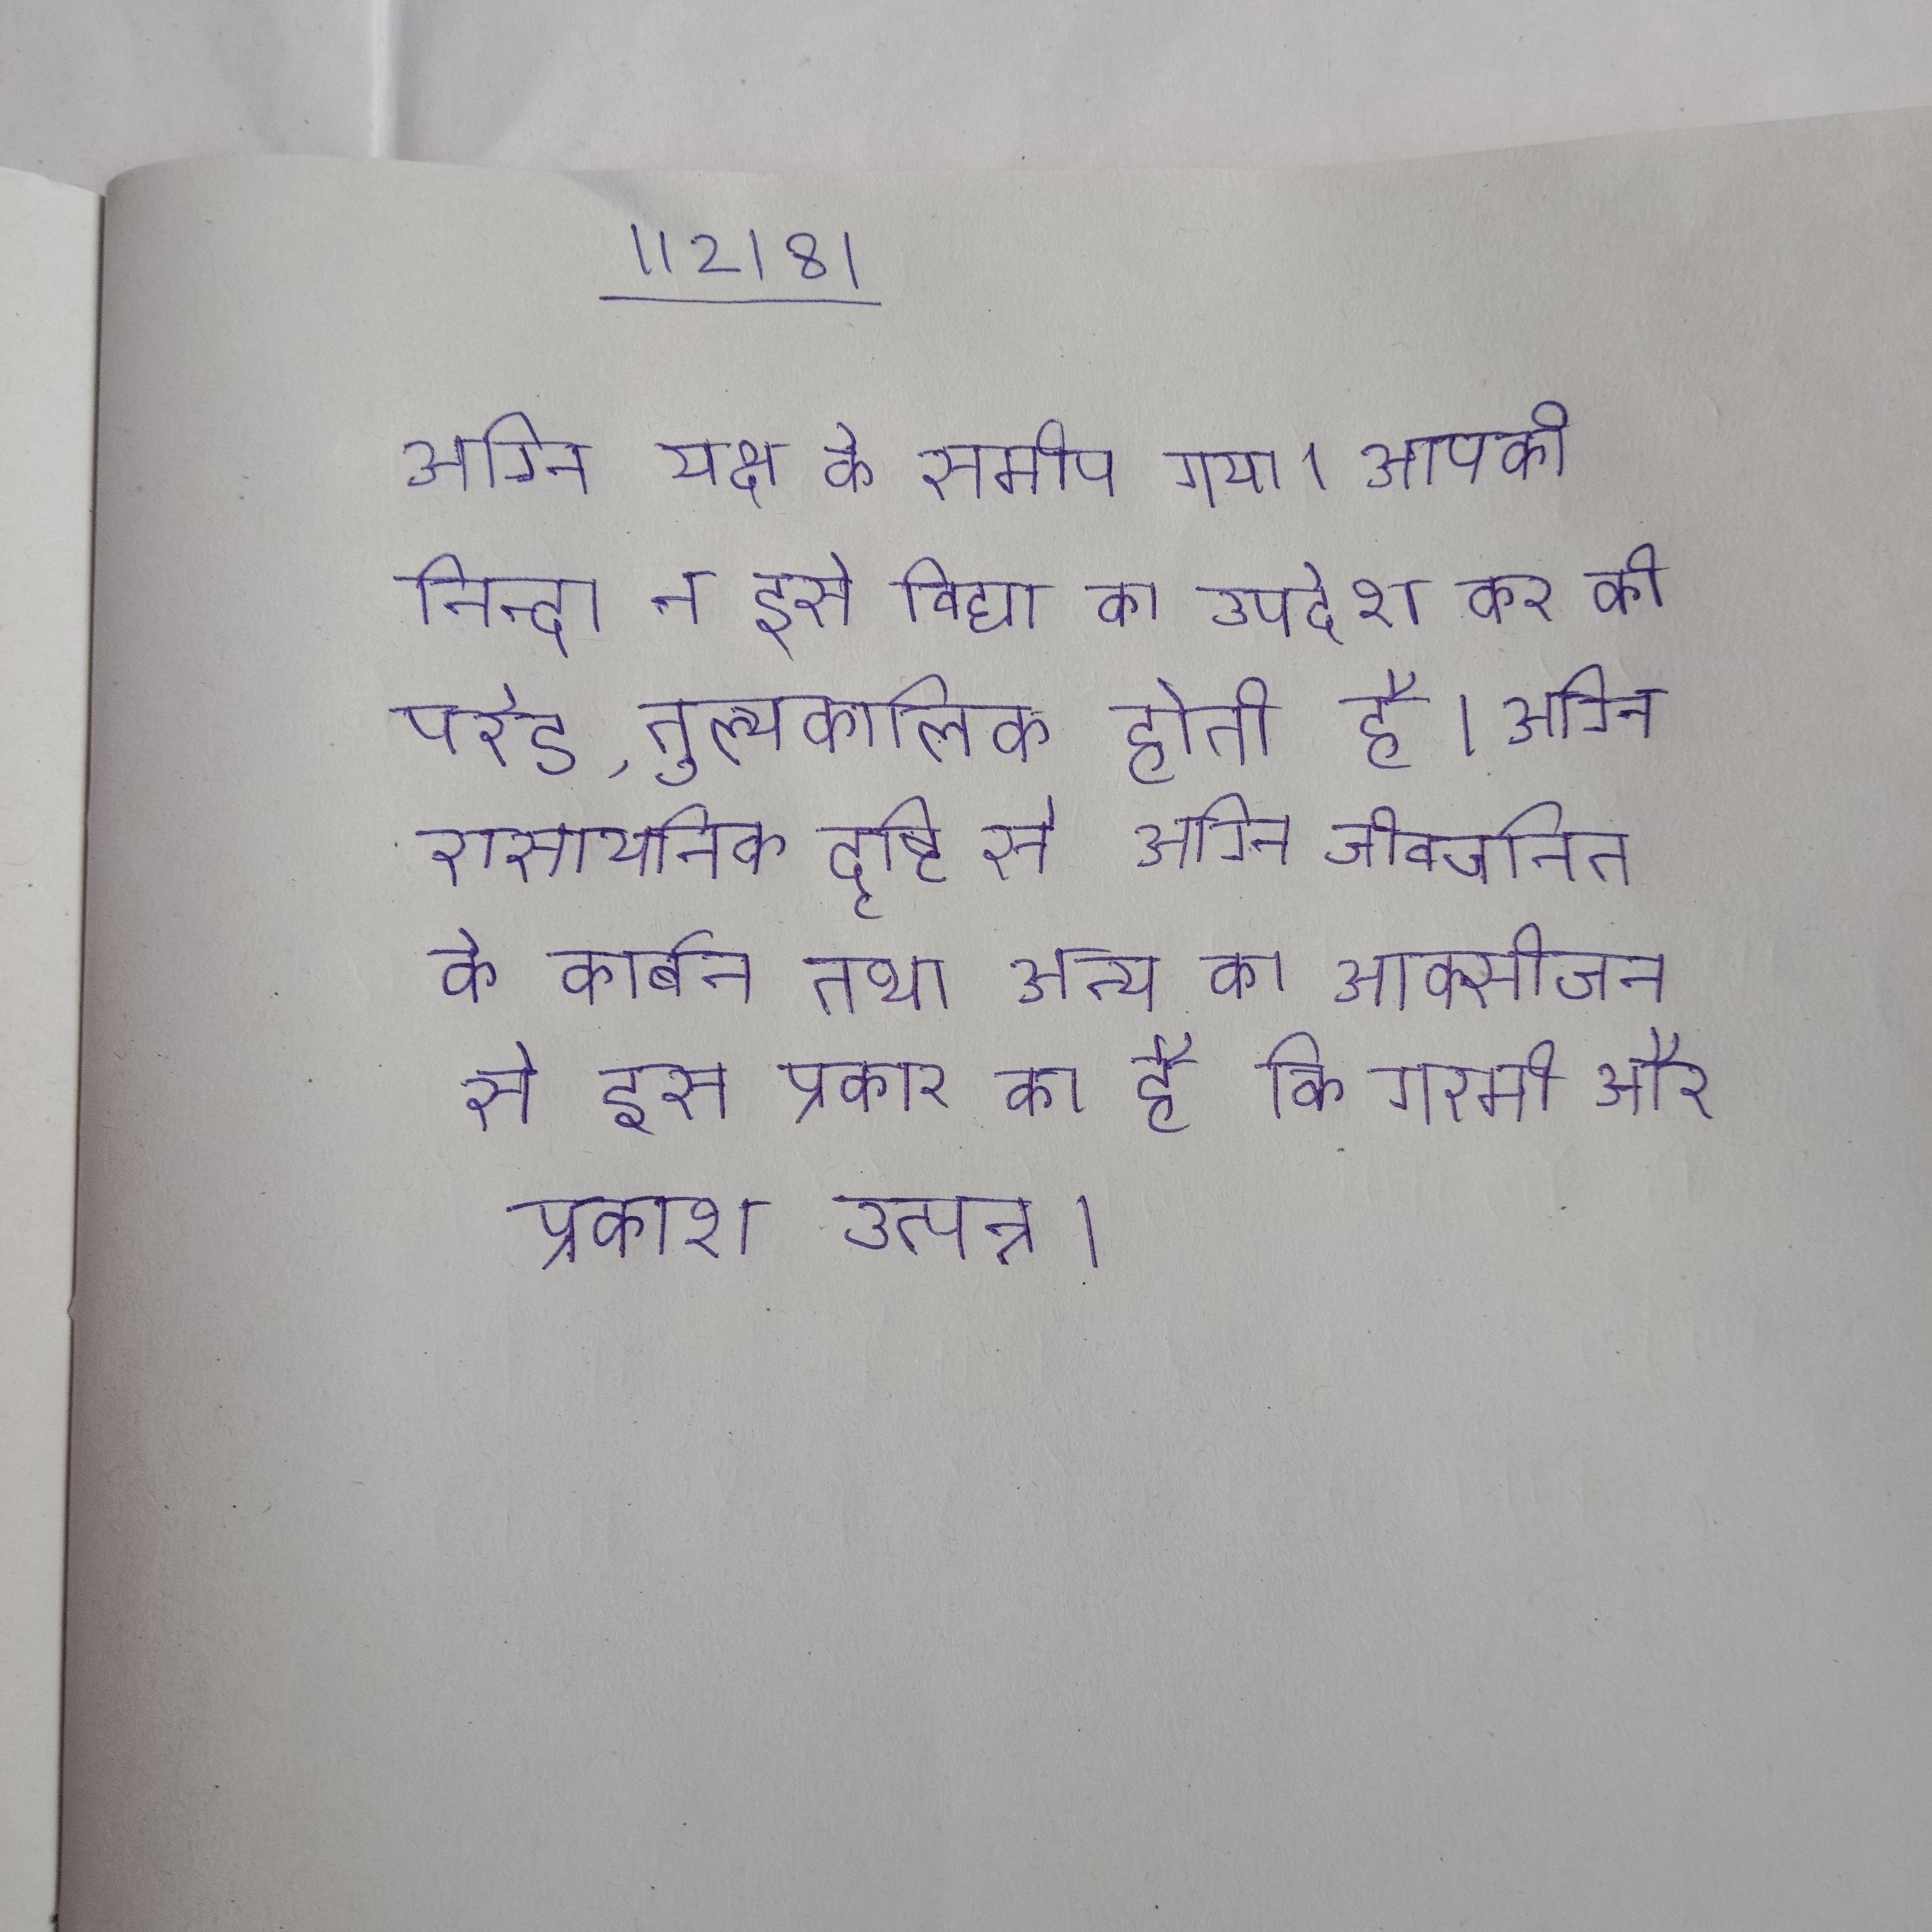
अग्नि यक्ष के समीप गया । आपकी निन्दा न इसे विद्या का उपदेश कर की परेड, तुल्यकालिक होती है । अग्नि रासायनिक दृष्टि से अग्नि जीवजनित के कार्बन तथा अन्य का आक्सीजन से इस प्रकार का है कि गरमी और प्रकाश उत्पन्न ।